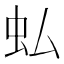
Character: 𧈥